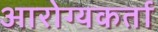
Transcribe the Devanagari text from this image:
आरोग्यकर्ता